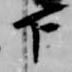
下